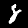
Digit: 8